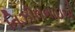
નિઝીલભાઇએ